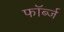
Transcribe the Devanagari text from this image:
फॉर्ब्ज